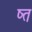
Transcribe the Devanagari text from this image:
ष्त